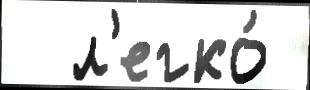
  л'егко́